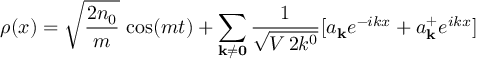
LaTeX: \rho ( x ) = \sqrt { { \frac { 2 n _ { 0 } } { m } } } \, \cos ( m t ) + \sum _ { { \bf k } \ne { \bf 0 } } { \frac { 1 } { \sqrt { V \, 2 k ^ { 0 } } } } [ a _ { \bf k } e ^ { - i k x } + a _ { \bf k } ^ { + } e ^ { i k x } ]